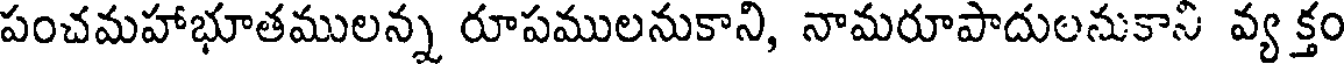
పంచమహాభూతములన్న రూపములనుకాని, నామరూపాదులనుకాని వ్య క్తం